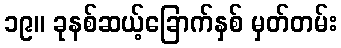
၁၉။ ခုနစ်ဆယ့်ခြောက်နှစ် မှတ်တမ်း